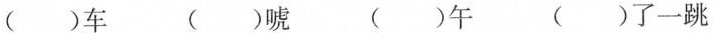
（）车 （）唬 （）午 （）了一跳